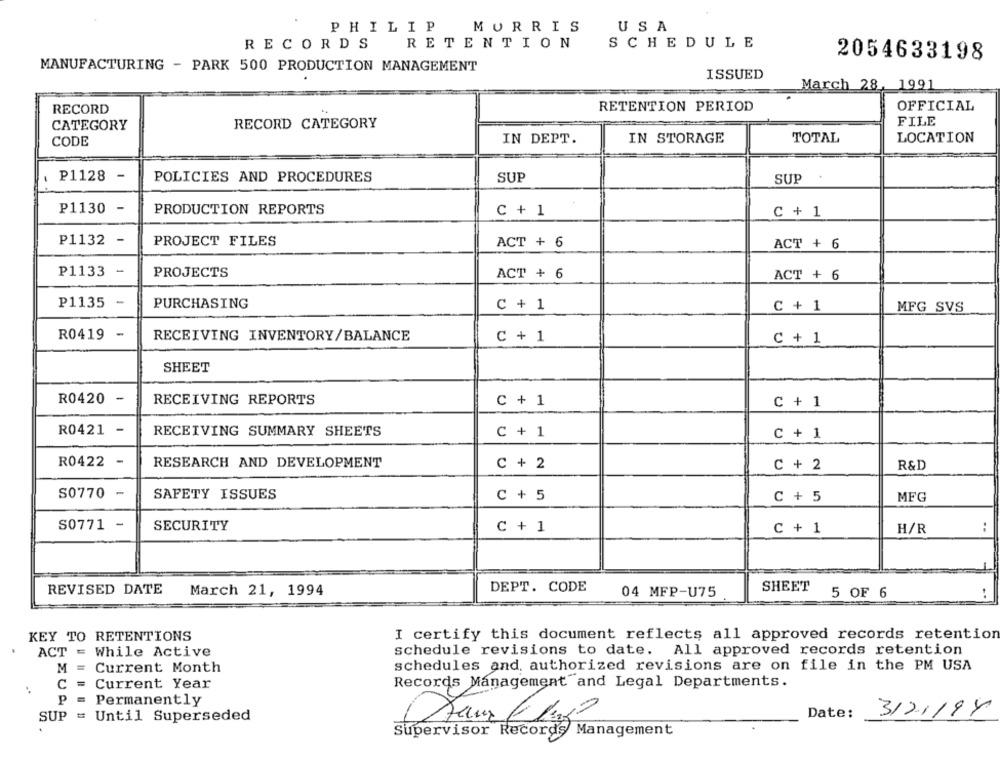
PHILIP
MORRIS
USA
RECORDS
RETENTION
SCHEDULE
2054633198
MANUFACTURING - PARK 500 PRODUCTION MANAGEMENT
ISSUED
March 28, 1991
RETENTION PERIOD
OFFICIAL
RECORD
FILE
CATEGORY
RECORD CATEGORY
CODE
IN DEPT.
IN STORAGE
TOTAL
LOCATION
P1128 -
POLICIES AND PROCEDURES
SUP
SUP
P1130 -
PRODUCTION REPORTS
C + 1
C + 1
P1132 -
PROJECT FILES
ACT + 6
ACT + 6
P1133 -
PROJECTS
ACT + 6
ACT + 6
P1135
PURCHASING
C + 1
C + 1
MFG SVS
R0419
-
RECEIVING INVENTORY/BALANCE
C + 1
C + 1
SHEET
R0420
-
RECEIVING REPORTS
C + 1
C + 1
R0421 -
RECEIVING SUMMARY SHEETS
C + 1
C + 1
R0422 -
RESEARCH AND DEVELOPMENT
C + 2
C + 2
R&D
S0770 -
SAFETY ISSUES
C + 5
C + 5
MFG
S0771 -
SECURITY
C + 1
C + 1
H/R
:
SHEET
REVISED DATE
March 21, 1994
DEPT. CODE
04 MFP-U75
5 OF 6
..
KEY TO RETENTIONS
I certify this document reflects all approved records retention
ACT = While Active
schedule revisions to date. All approved records retention
M = Current Month
schedules and, authorized revisions are on file in the PM USA
C = Current Year
Records Management and Legal Departments.
P = Permanently
Date:
3121/94
SUP = Until Superseded
Supervisor Records Management